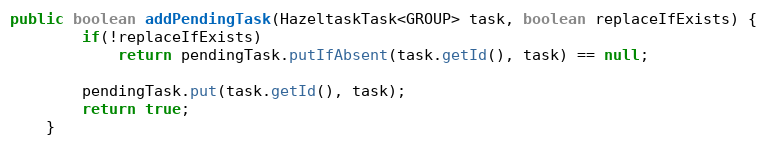
Language: Java
public boolean addPendingTask(HazeltaskTask<GROUP> task, boolean replaceIfExists) {
        if(!replaceIfExists)
            return pendingTask.putIfAbsent(task.getId(), task) == null;

        pendingTask.put(task.getId(), task);
        return true;
    }